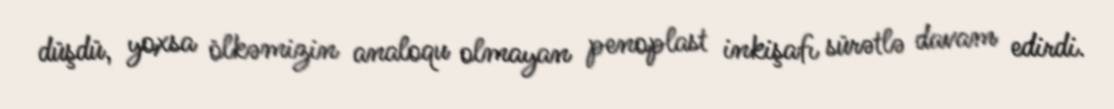
düşdü, yoxsa ölkəmizin analoqu olmayan penoplast inkişafı sürətlə davam edirdi.